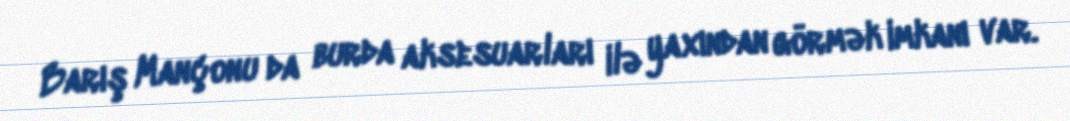
Barış Mançonu da burda aksesuarları ilə yaxından görmək imkanı var.